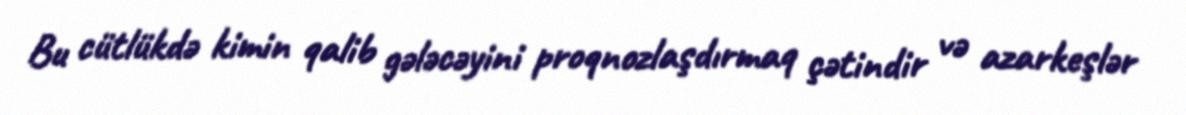
Bu cütlükdə kimin qalib gələcəyini proqnozlaşdırmaq çətindir və azarkeşlər